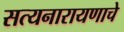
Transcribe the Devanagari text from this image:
सत्यनारायणाचे